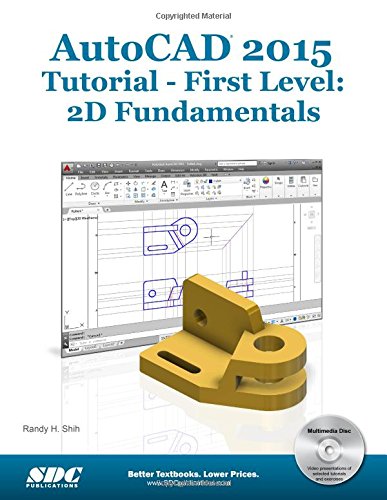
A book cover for AutoCAD 2015 Tutorial - First Level: 2D Fundamentals; Randy Shih; Engineering & Transportation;